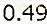
0.49